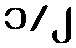
၁/၂